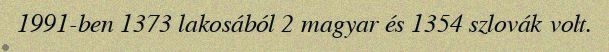
1991-ben 1373 lakosából 2 magyar és 1354 szlovák volt.